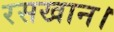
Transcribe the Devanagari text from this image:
रसखान।